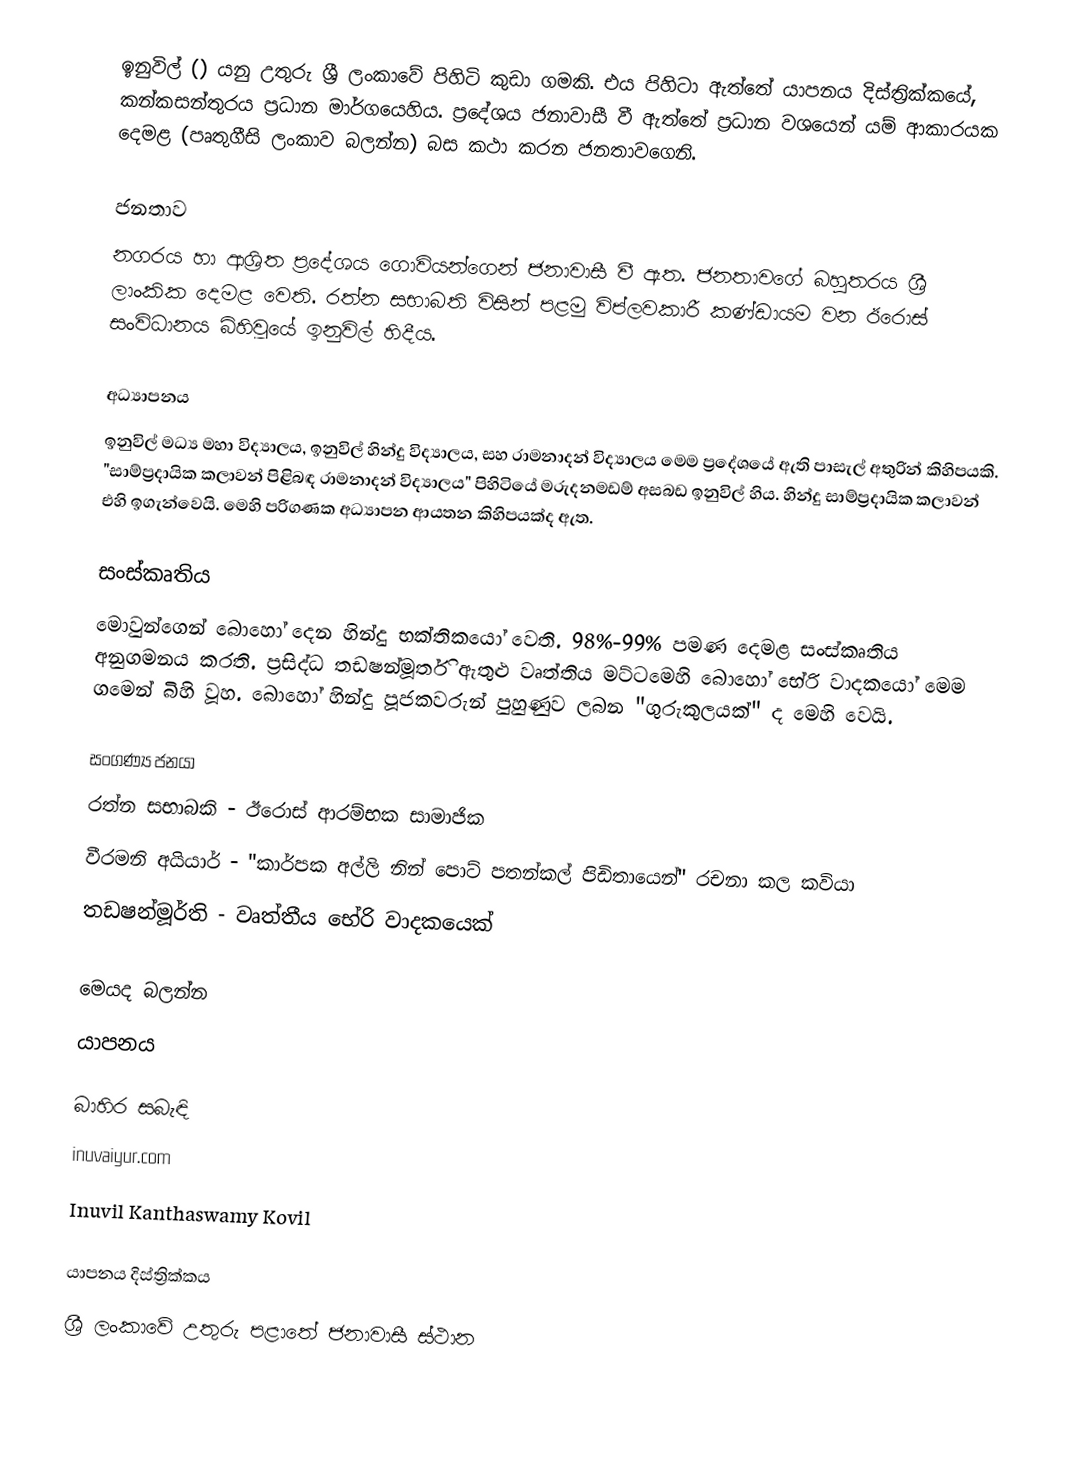
ඉනුවිල් () යනු උතුරු ශ්‍රී ලංකාවේ පිහිටි කුඩා ගමකි. එය පිහිටා ඇත්තේ යාපනය දිස්ත්‍රික්කයේ, කන්කසන්තුරය ප්‍රධාන මාර්ගයෙහිය. ප්‍රදේශය ජනාවාසී වී ඇත්තේ ප්‍රධාන වශයෙන් යම් ආකාරයක දෙමළ  (පෘතුගීසි ලංකාව බලන්න) බස කථා කරන ජනතාවගෙනි.

ජනතාව
නගරය හා ආශ්‍රිත ප්‍රදේශය ගොවියන්ගෙන් ජනාවාසී වී ඇත. ජනතාවගේ බහුතරය ශ්‍රී ලාංකික දෙමළ වෙති. රත්න සභාබති විසින් පළමු විප්ලවකාරී කණ්ඩායම වන ඊරොස් සංවිධානය බිහිවූයේ ඉනුවිල් හිදීය.

අධ්‍යාපනය
ඉනුවිල් මධ්‍ය මහා විද්‍යාලය, ඉනුවිල් හින්දු විද්‍යාලය, සහ රාමනාදන් විද්‍යාලය මෙම ප්‍රදේශයේ ඇති පාසැල් අතුරින් කිහිපයකි. "සාම්ප්‍රදායික කලාවන් පිළිබඳ රාමනාදන් විද්‍යාලය" පිහිටියේ මරුදනමඩම් අසබඩ ඉනුවිල් හිය. හින්දු සාම්ප්‍රදායික කලාවන් එහි ඉගැන්වෙයි. මෙහි පරිගණක අධ්‍යාපන ආයතන කිහිපයක්ද ඇත.

සංස්කෘතිය
මොවුන්ගෙන් බොහෝ දෙන හින්දු භක්තිකයෝ වෙති. 98%-99% පමණ දෙමළ සංස්කෘතිය අනුගමනය කරති. ප්‍රසිද්ධ තඩෂන්මූර්ති ඇතුළු වෘත්තිය මට්ටමෙහි බොහෝ භේරි වාදකයෝ මෙම ගමෙන්  බිහි වූහ. බොහෝ හින්දු පූජකවරුන් පුහුණුව ලබන "ගුරුකුලයක්" ද මෙහි වෙයි.

සංගණ්‍ය ජනයා
රත්න සභාබකි - ඊරොස් ආරම්භක සාමාජික
වීරමනි අයියාර්  - "කාර්පක අල්ලි නින් පොට් පතන්කල් පිඩිතායෙන්" රචනා කල කවියා
තඩෂන්මූර්ති - වෘත්තීය භේරි වාදකයෙක්

මෙයද බලන්න
 යාපනය

බාහිර සබැඳි
inuvaiyur.com
Inuvil Kanthaswamy Kovil

යාපනය දිස්ත්‍රික්කය
ශ්‍රී ලංකාවේ උතුරු පළාතේ ජනාවාසී ස්ථාන